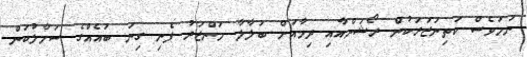
ނަމަވެސް ކަތިނަޒަރަކުން ރޯޝަންއާއި ދިމާއަށް ބަލާލާ މަންޒަރު ފެނި ގިނަ ބައެއްގެ ސަމާލުކަން